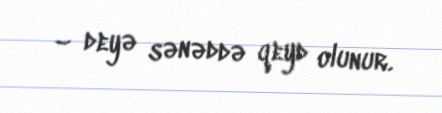
– deyə sənəddə qeyd olunur.